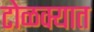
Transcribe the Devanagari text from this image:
टोळक्यात